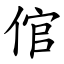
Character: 倌